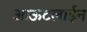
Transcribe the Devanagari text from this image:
आऊटलाईन